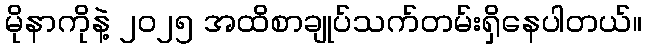
မိုနာကိုနဲ့ ၂၀၂၅ အထိစာချုပ်သက်တမ်းရှိနေပါတယ်။